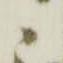
候